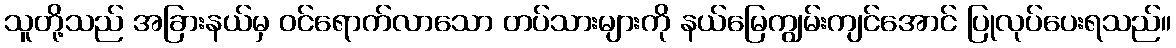
သူတို့သည် အခြားနယ်မှ ဝင်ရောက်လာသော တပ်သားများကို နယ်မြေကျွမ်းကျင်အောင် ပြုလုပ်ပေးရသည်။